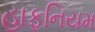
હાફનિયમ